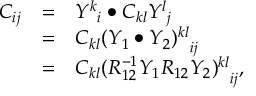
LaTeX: \begin{array} { r c l } { { C _ { i j } } } & { { = } } & { { { Y ^ { k } } _ { i } \bullet C _ { k l } { Y ^ { l } } _ { j } } } \\ { { } } & { { = } } & { { C _ { k l } { ( Y _ { 1 } \bullet Y _ { 2 } ) ^ { k l } } _ { i j } } } \\ { { } } & { { = } } & { { C _ { k l } { ( R _ { 1 2 } ^ { - 1 } Y _ { 1 } R _ { 1 2 } Y _ { 2 } ) ^ { k l } } _ { i j } , } } \end{array}